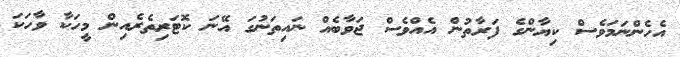
އެހެންނަމަވެސް ކިޔާންގެ ފަރާތުން އެއްވެސް ޖަވާބެއް ނައިތަނުގަ އޭނަ ކޮޓަރިތެރެއިން މީހަކާ ވާހަކަ